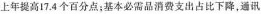
上年提高17.4个百分点；基本必需品消费支出占比下降，通讯